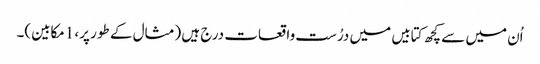
اُن میں سے کچھ کتابیں میں درُست واقعات درج ہیں (مثال کے طور پر، 1مکابین)۔